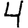
Digit: 4